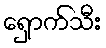
ရှောက်သီး